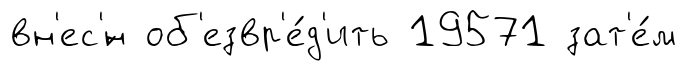
вн'ес'́н об'езвр'е́д'ить 19571 зат'е́м